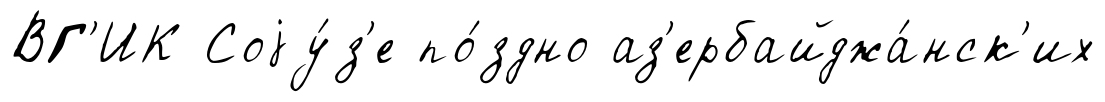
ВГ'ИК Соjу́з'е по́здно аз'ербайджа́нск'их